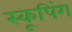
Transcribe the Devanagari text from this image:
स्कूपिंग